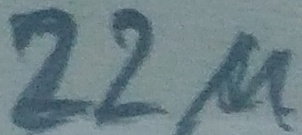
Text: 22µ